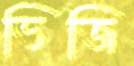
ভিজি